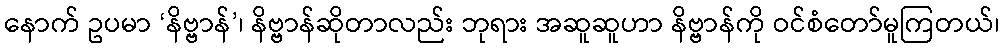
နောက် ဥပမာ ‘နိဗ္ဗာန်’၊ နိဗ္ဗာန်ဆိုတာလည်း ဘုရား အဆူဆူဟာ နိဗ္ဗာန်ကို ဝင်စံတော်မူကြတယ်၊